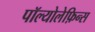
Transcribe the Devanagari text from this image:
पॉल्योलेफ़िन्स